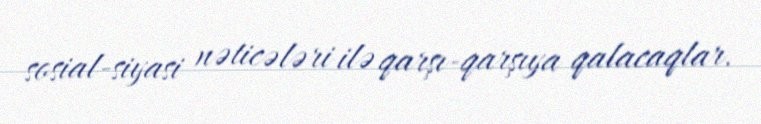
sosial-siyasi nəticələri ilə qarşı-qarşıya qalacaqlar.